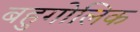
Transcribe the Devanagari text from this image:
बहुगोलिक